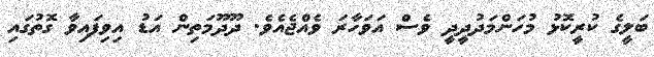
ބަލީގެ ކުރީކޮޅު މުހަންމަދުދީދީ ވެސް އަވަހާރަ ވެއްޖެއެވެ. ދޫދޫމަތިން އަޑު އިވިފައިވާ ގޮތުގައި